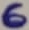
Text: 6